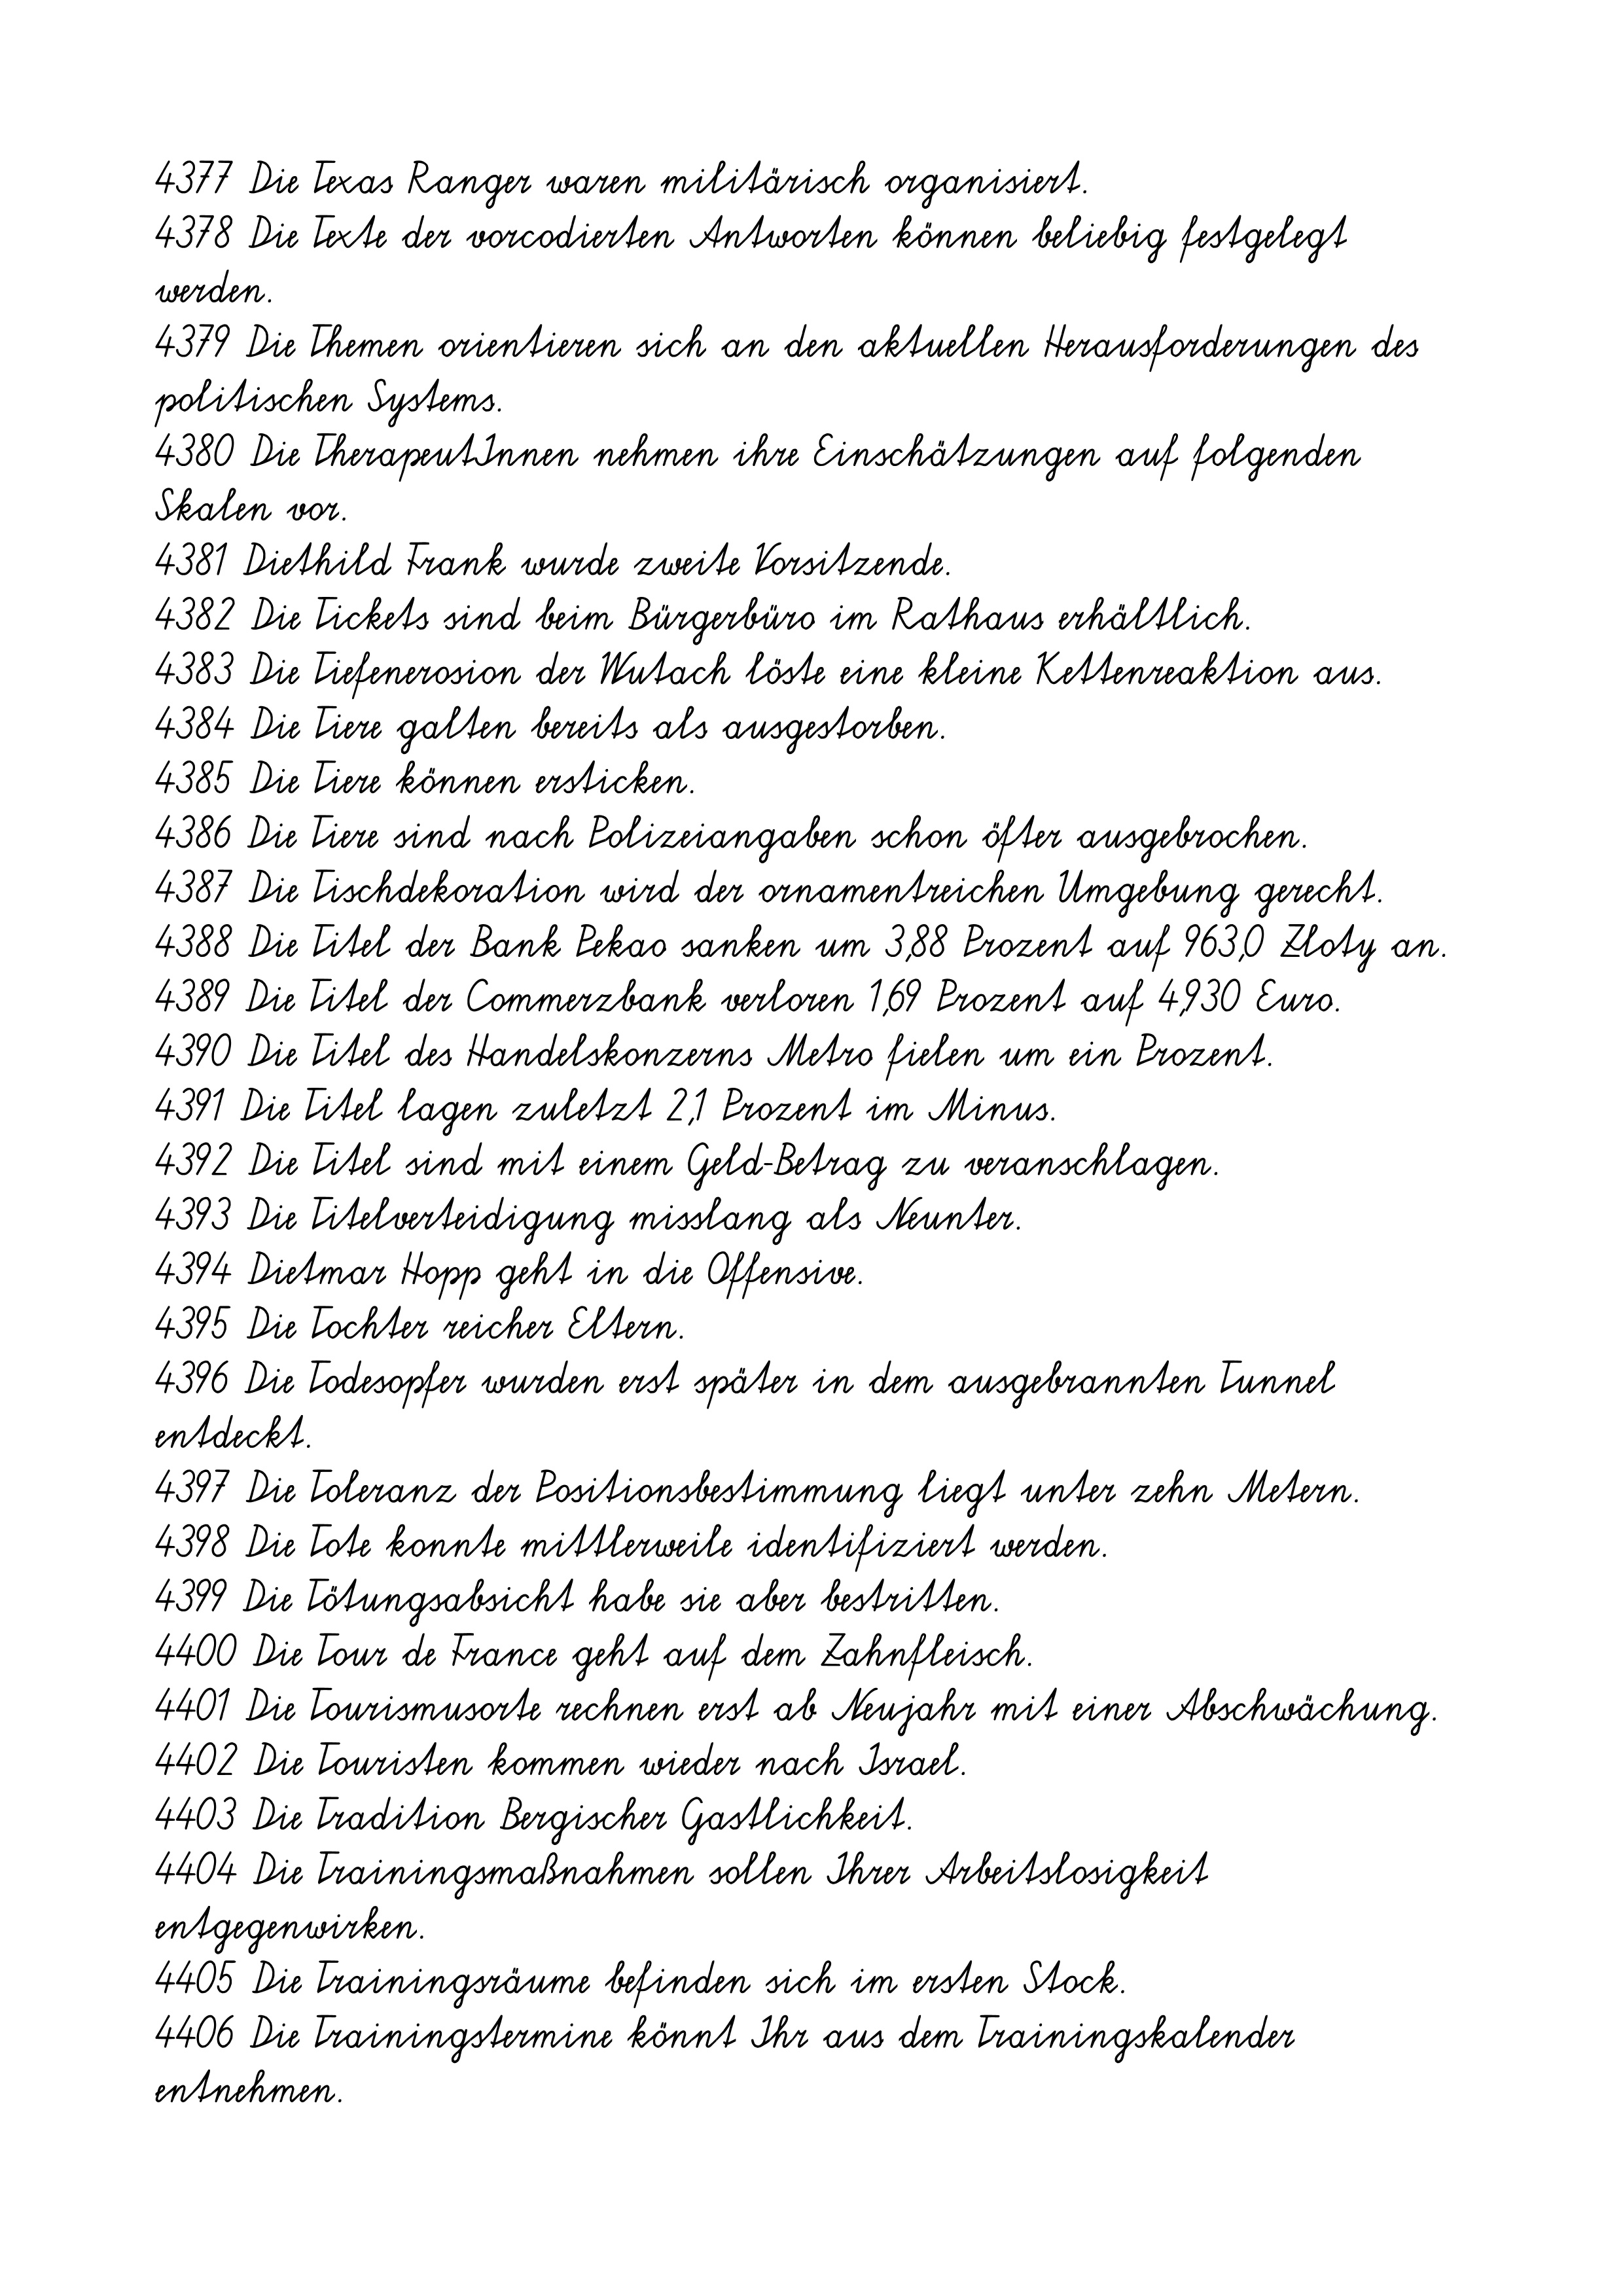
4377 Die Texas Ranger waren militärisch organisiert.
4378 Die Texte der vorcodierten Antworten können beliebig festgelegt
werden.
4379 Die Themen orientieren sich an den aktuellen Herausforderungen des
politischen Systems.
4380 Die TherapeutInnen nehmen ihre Einschätzungen auf folgenden
Skalen vor.
4381 Diethild Frank wurde zweite Vorsitzende.
4382 Die Tickets sind beim Bürgerbüro im Rathaus erhältlich.
4383 Die Tiefenerosion der Wutach löste eine kleine Kettenreaktion aus.
4384 Die Tiere galten bereits als ausgestorben.
4385 Die Tiere können ersticken.
4386 Die Tiere sind nach Polizeiangaben schon öfter ausgebrochen.
4387 Die Tischdekoration wird der ornamentreichen Umgebung gerecht.
4388 Die Titel der Bank Pekao sanken um 3,88 Prozent auf 963,0 Zloty an.
4389 Die Titel der Commerzbank verloren 1,69 Prozent auf 4,930 Euro.
4390 Die Titel des Handelskonzerns Metro fielen um ein Prozent.
4391 Die Titel lagen zuletzt 2,1 Prozent im Minus.
4392 Die Titel sind mit einem Geld-Betrag zu veranschlagen.
4393 Die Titelverteidigung misslang als Neunter.
4394 Dietmar Hopp geht in die Offensive.
4395 Die Tochter reicher Eltern.
4396 Die Todesopfer wurden erst später in dem ausgebrannten Tunnel
entdeckt.
4397 Die Toleranz der Positionsbestimmung liegt unter zehn Metern.
4398 Die Tote konnte mittlerweile identifiziert werden.
4399 Die Tötungsabsicht habe sie aber bestritten.
4400 Die Tour de France geht auf dem Zahnfleisch.
4401 Die Tourismusorte rechnen erst ab Neujahr mit einer Abschwächung.
4402 Die Touristen kommen wieder nach Israel.
4403 Die Tradition Bergischer Gastlichkeit.
4404 Die Trainingsmaßnahmen sollen Ihrer Arbeitslosigkeit
entgegenwirken.
4405 Die Trainingsräume befinden sich im ersten Stock.
4406 Die Trainingstermine könnt Ihr aus dem Trainingskalender
entnehmen.